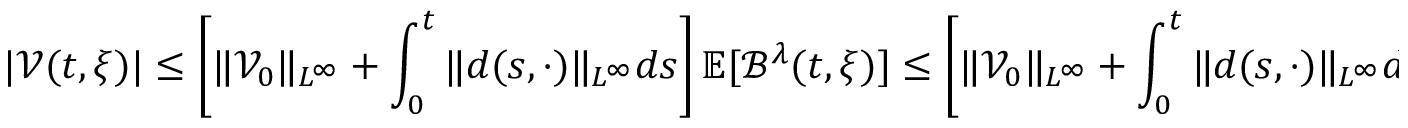
| \mathcal { V } ( t , \xi ) | \leq \left[ \| \mathcal { V } _ { 0 } \| _ { L ^ { \infty } } + \int _ { 0 } ^ { t } \| d ( s , \cdot ) \| _ { L ^ { \infty } } d s \right] \mathbb { E } [ \mathcal { B } ^ { \lambda } ( t , \xi ) ] \leq \left[ \| \mathcal { V } _ { 0 } \| _ { L ^ { \infty } } + \int _ { 0 } ^ { t } \| d ( s , \cdot ) \| _ { L ^ { \infty } } d s \right] \left( \mathbb { E } [ \mathcal { B } ( t , \xi ) ] \right) ^ { \lambda } .